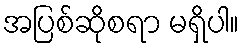
အပြစ်ဆိုစရာ မရှိပါ။